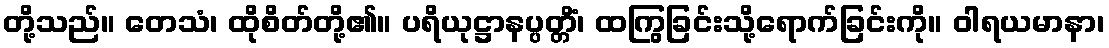
တို့သည်။ တေသံ၊ ထိုစိတ်တို့၏။ ပရိယုဋ္ဌာနပ္ပတ္တိံ၊ ထကြွခြင်းသို့ရောက်ခြင်းကို။ ဝါရယမာနာ၊